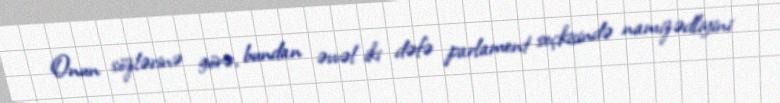
Onun sözlərinə görə, bundan əvvəl iki dəfə parlament seçkisində namizədliyini